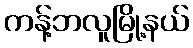
ကန့်ဘလူမြို့နယ်